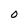
Character: O